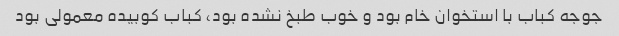
جوجه کباب با استخوان خام بود و خوب طبخ نشده بود، کباب کوبیده معمولی بود